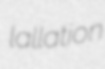
lallation